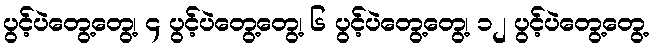
ပွင့်ပဲတွေ့တွေ့၊ ၄ ပွင့်ပဲတွေ့တွေ့၊ ၆ ပွင့်ပဲတွေ့တွေ့၊ ၁၂ ပွင့်ပဲတွေ့တွေ့